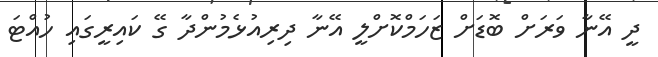
ދީ އޭނާ ވަރަށް ބޮޑަށް ޒަހަމްކޮށްލީ އޭނާ ދިރިއުޅެމުންދާ ގޭ ކައިރީގައި ހުއްޓަ